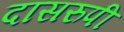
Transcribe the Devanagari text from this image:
दासरुपी